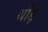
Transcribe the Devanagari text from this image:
थोंड़े